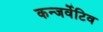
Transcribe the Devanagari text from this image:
कन्जर्वेटिव